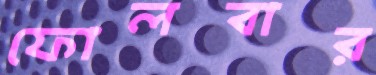
ফোলবার